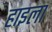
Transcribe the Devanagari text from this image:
हाइला